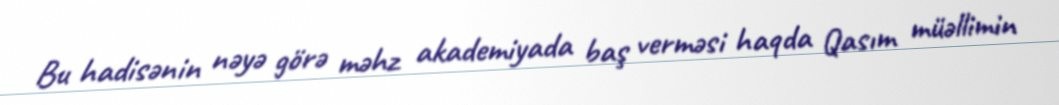
Bu hadisənin nəyə görə məhz akademiyada baş verməsi haqda Qasım müəllimin